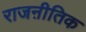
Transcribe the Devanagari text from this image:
राजऩीतिक